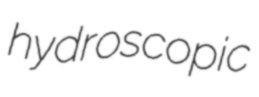
hydroscopic